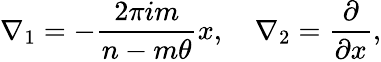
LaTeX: \nabla_{1}=-\frac{2\pi im}{n-m\theta}x,\quad\nabla_{2}=\frac{\partial}{\partial x},